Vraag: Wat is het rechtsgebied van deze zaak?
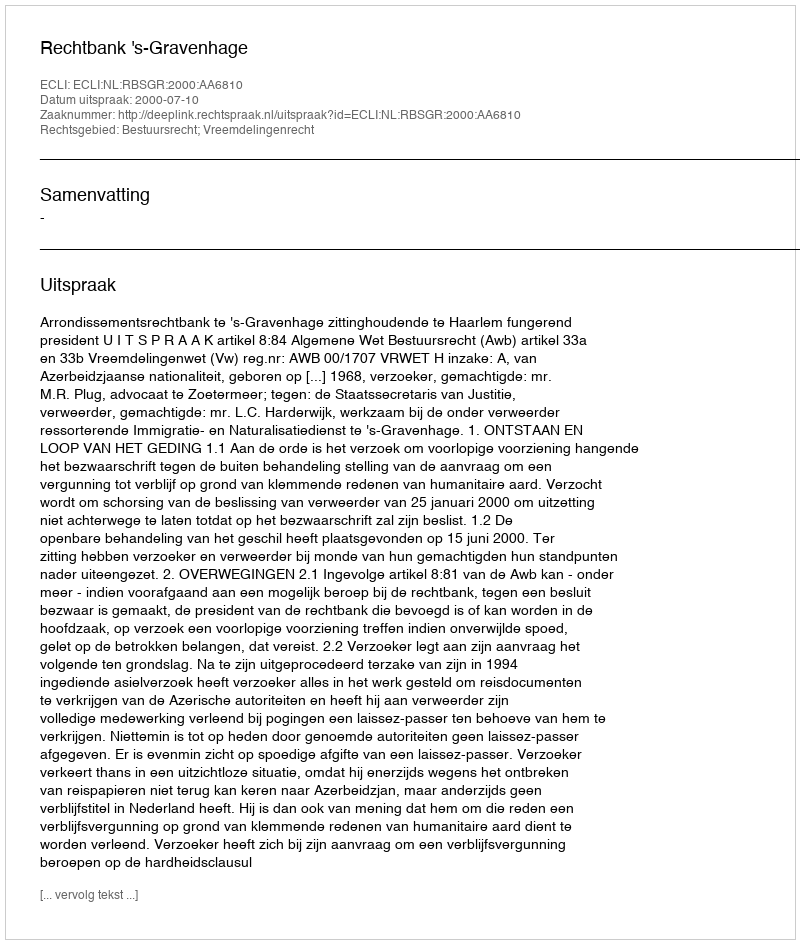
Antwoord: Bestuursrecht; Vreemdelingenrecht